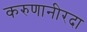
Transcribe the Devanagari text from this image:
करुणानीरदा